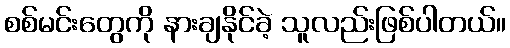
စစ်မင်းတွေကို နားချနိုင်ခဲ့ သူလည်းဖြစ်ပါတယ်။